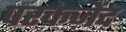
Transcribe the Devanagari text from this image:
परकज़ेंद